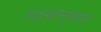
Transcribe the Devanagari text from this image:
लक्ष्यानुसार